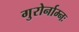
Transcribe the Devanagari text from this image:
गुरोर्नाम्नः